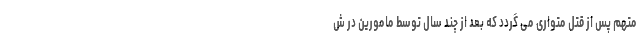
متهم پس از قتل متواری می گردد که بعد از چند سال توسط مامورین در ش